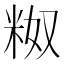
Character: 𬖗